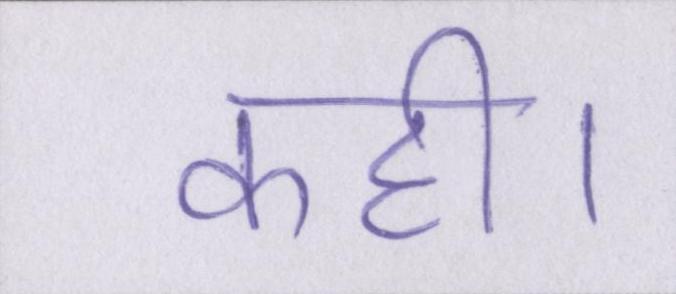
कही।